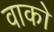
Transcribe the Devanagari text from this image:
वाको